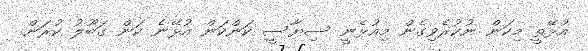
އުޅޭތީ މިކަން ނުކުރެވިގެން މިއުޅެނީ ސިޔާސީ ކަންކަން އުޅޭނެ ކަން ގަބޫލު ކުރަން.